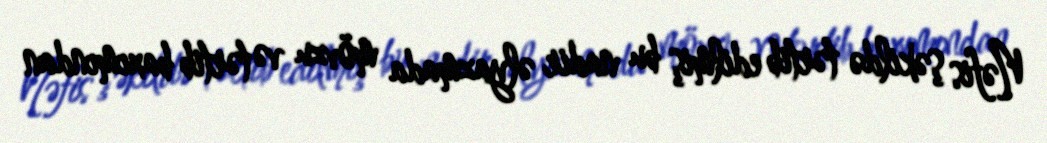
Nəfis şəkildə tərtib edilmiş bu nadir əlyazmada mövzu və tərtib baxımından